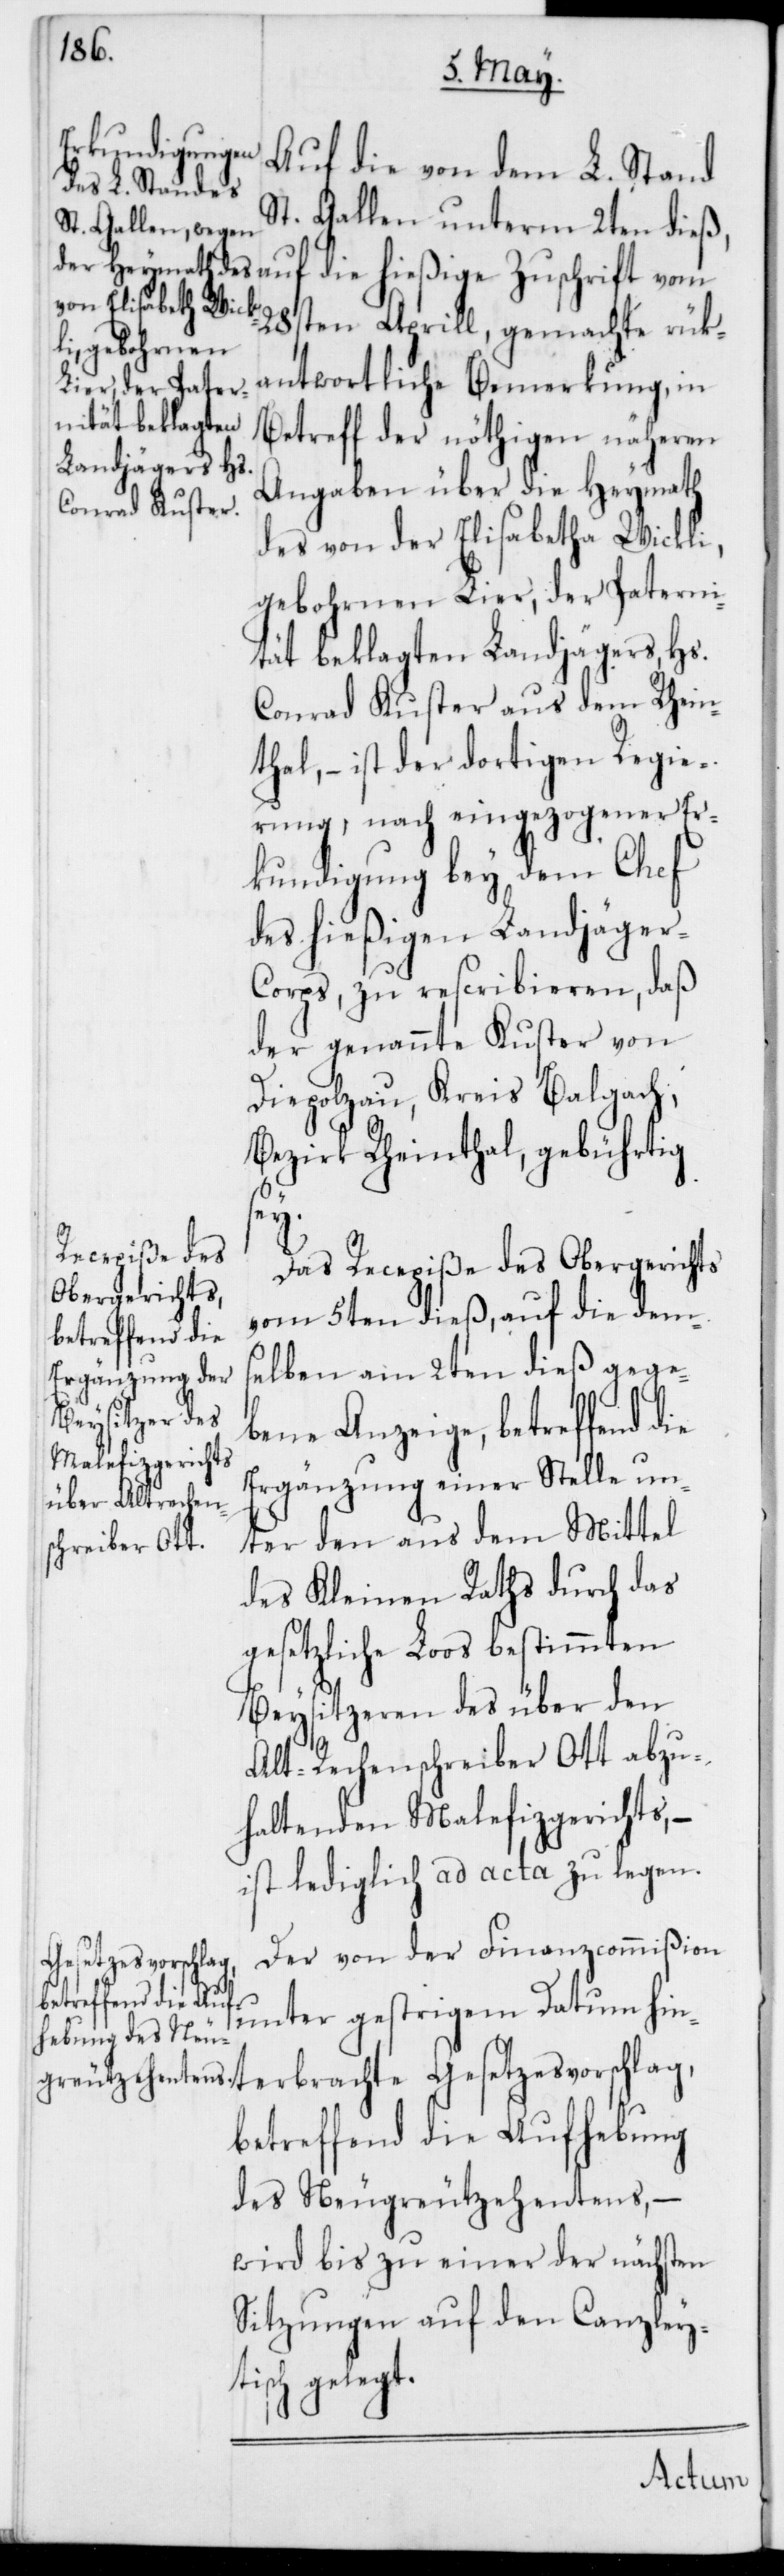
Auf die von dem L. Stand
St. Gallen unterm 2ten dieß,
28sten Aprill, gemachte rück¬
antwortliche Bemerkung, in
Betreff der nöthigen näheren
Angaben über die Heymath
des von der Elisabetha Wickli,
gebohrnen Lier, der Patern¬
ität beklagten Landjägers, Hs.
Conrad Kuster aus dem Rhein¬
thal, – ist der dortigen Regie¬
rung, nach eingezogener Er¬
kundigung bey dem Chef
des hießigen Landjäger-C¬
orps, zu rescribieren, daß
der genannte Kuster von
Diepoldzau, Kreis Balgach,
Bezirk Rheinthal, gebührtig
sey.
Das Recepiße des Obergerichts
vom 5ten dieß, auf die dems¬
elben am 2ten dieß gege¬
bene Anzeige, betreffend die
Ergänzung einer Stelle un¬
ter den aus dem Mittel
der Kleinen Raths durch das
gesetzliche Loos bestimmten
Beysitzeren des über den
Alt-Rechenschreiber Ott abzu¬
haltenden Malefizgerichts, –
ist lediglich ad acta zu legen.
Der von der Finanzcommißion
unter gestrigem Datum hint¬
erbrachte Gesetzesvorschlag,
betreffend die Aufhebung
des Neugreutzehentens, –
wird bis zu einer der nächsten
Sitzungen auf den Canzley¬
tisch gelegt.